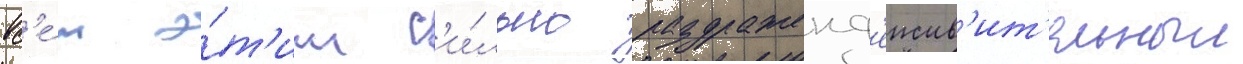
вс'е́м э́т'им с'и́льно раздраженд'еиств'ит'ельныи